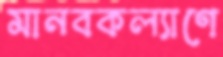
মানবকল্যাণে